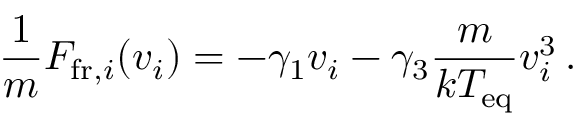
\frac { 1 } { m } F _ { \mathrm { f r } , i } ( v _ { i } ) = - \gamma _ { 1 } v _ { i } - \gamma _ { 3 } \frac { m } { k T _ { \mathrm { e q } } } v _ { i } ^ { 3 } \, .